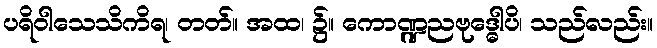
ပရိဝါသေသိကိရ၊ တတ်။ အထ၊ ၌။ ကောဏ္ဍညဗုဒ္ဓေါပိ၊ သည်လည်း။